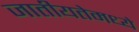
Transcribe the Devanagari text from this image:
जातीयतेमध्ये